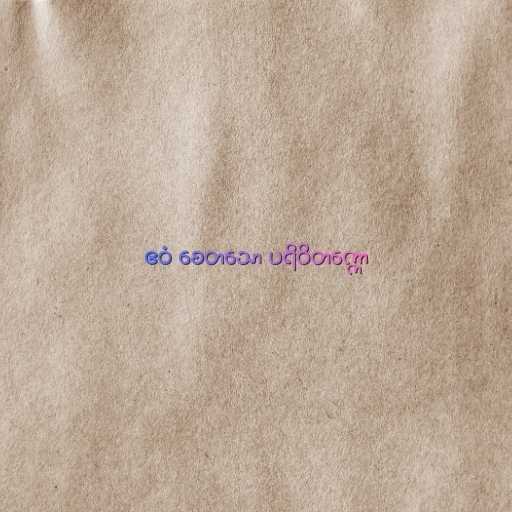
ဧဝံ စေတသော ပရိဝိတက္ကော